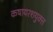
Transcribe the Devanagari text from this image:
कषायरशयुक्त